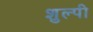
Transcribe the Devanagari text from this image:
शुल्पी